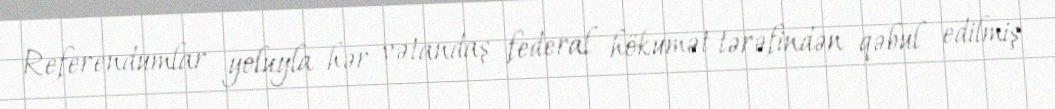
Referendumlar yoluyla hər vətandaş federal hökumət tərəfindən qəbul edilmiş